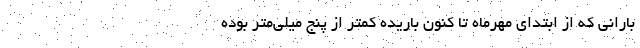
بارانی که از ابتدای مهرماه تا کنون باریده کمتر از پنج میلی‌متر بوده